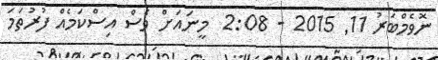
ނޮވެމްބަރު 11